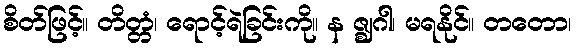
စိတ်ဖြင့်။ တိတ္တံ၊ ရောင့်ရဲခြင်းကို။ န ဇ္ဈဂါ၊ မရနိုင်။ တတော၊